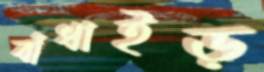
বাঁধাইড়